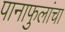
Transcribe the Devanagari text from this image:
पानाफुलांचा